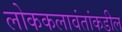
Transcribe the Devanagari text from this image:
लोककलावंतांकडील